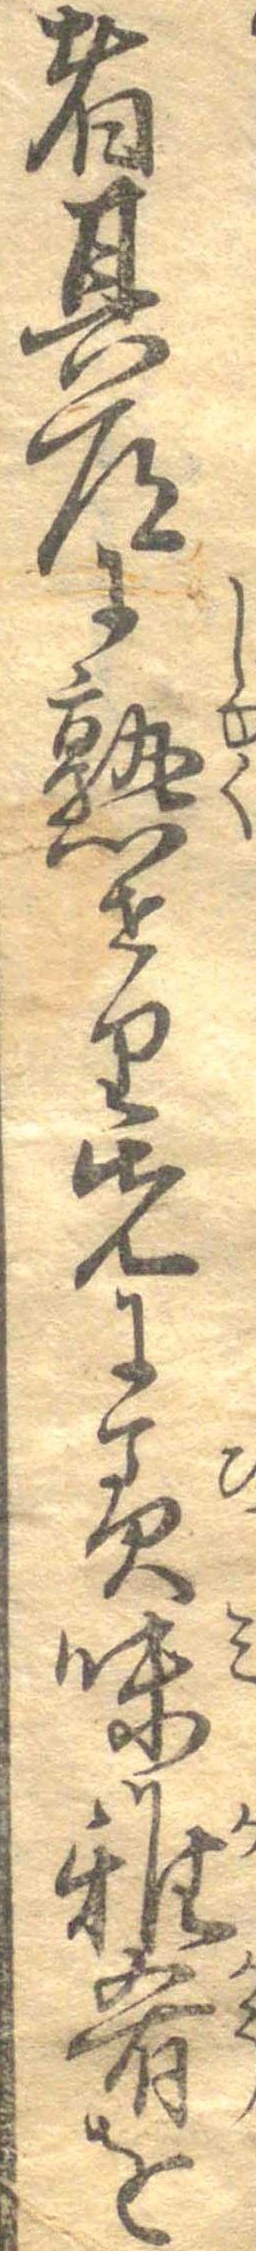
者其道に熟せり先に美味雅肴を